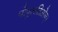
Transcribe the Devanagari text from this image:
पोपुलतिओन्।